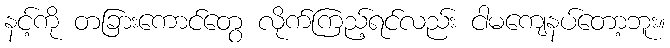
နင့်ကို တခြားကောင်တွေ လိုက်ကြည့်ရင်လည်း ငါမကျေနပ်တော့ဘူး။